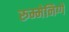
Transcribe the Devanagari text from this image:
रुम्मेनिग्गे